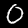
Digit: 0